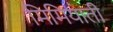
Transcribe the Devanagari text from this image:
मिमियाती